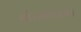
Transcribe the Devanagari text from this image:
होराशास्त्र।